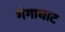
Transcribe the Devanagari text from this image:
गंगाघाट